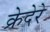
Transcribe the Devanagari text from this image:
क्रेदेरे